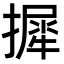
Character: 摨